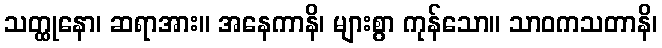
သတ္ထုနော၊ ဆရာအား။ အနေကာနိ၊ များစွာ ကုန်သော။ သာဝကသတာနိ၊